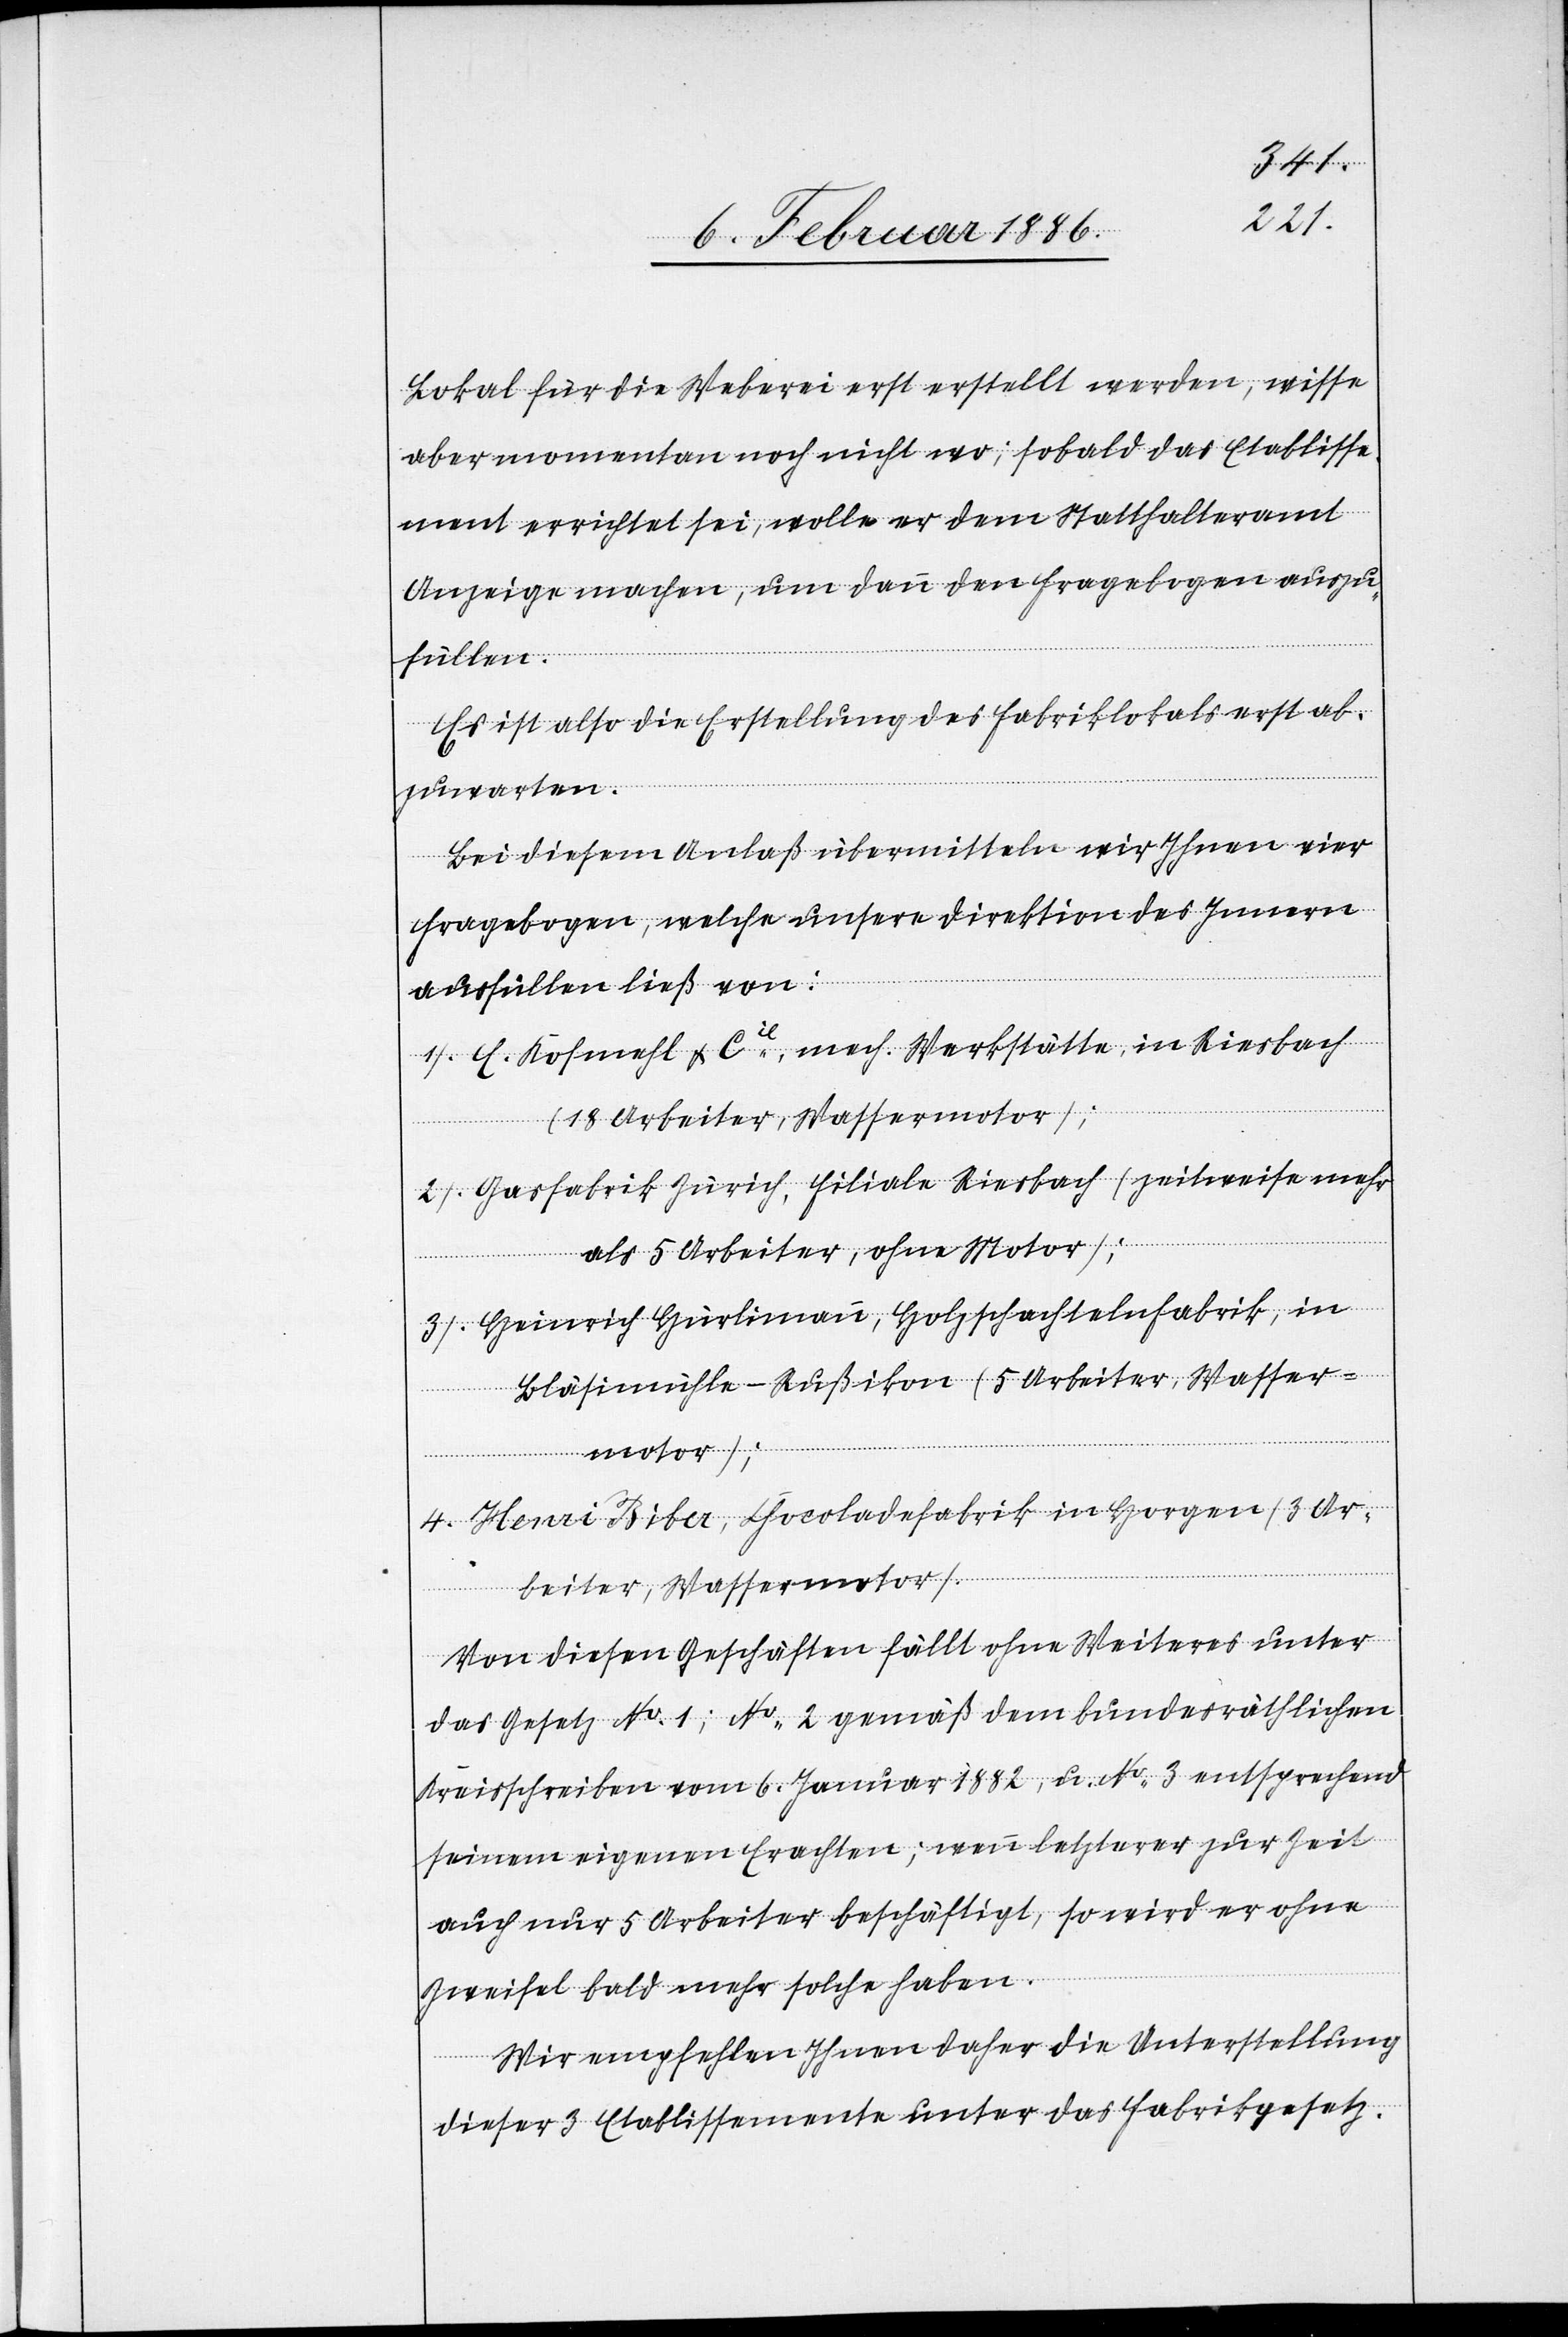
Lokal für die Weberei erst erstellt werden, wisse
aber momentan noch nicht wo; sobald das Etablisse¬
ment errichtet sei, wolle er dem Statthalteramt
Anzeige machen, um dann den Fragebogen anzu¬
füllen.
Es ist also die Erstellung des Fabriklokales erst ab¬
zuwarten.
Bei diesem Anlaß übermitteln wir Ihnen vier
Fragebogen, welche unsere Direktion des Innern
ausfüllen ließ von:
1) E. Kofmehl & Cie, mech. Werkstätte in Riesbach
(18 Arbeiter, Wassermotor);
2) Gasfabrik Zürich, Filiale Riesbach (zeitweise mehr
als 5 Arbeiter, ohne Motor);
3) Heinrich Hürlimann, Holzschachtelnfabrik, in
Bläsimühle - Rußikon (5 Arbeiter, Wasser¬
motor);
4) Henri Biber, Chocoladefabrik in Horgen ( 3 Ar¬
beiter, Wassermotor).
Von diesen Geschäften fällt ohne Weiteres unter
das Gesetz No 1; No 2 gemäß dem bundesräthlichen
Kreisschreiben vom 6. Januar 1882, u. No 3 entsprechend
seinem eigenen Erachten; wenn letzterer zur Zeit
auch nur 5 Arbeiter beschäftigt, so wird er ohne
Zweifel bald mehr solche haben.
Wir empfehlen Ihnen daher die Unterstellung
dieser 3 Etablissemente unter das Fabrikgesetz.